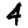
Digit: 4